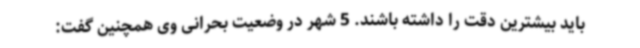
باید بیشترین دقت را داشته باشند. 5 شهر در وضعیت بحرانی وی همچنین گفت: